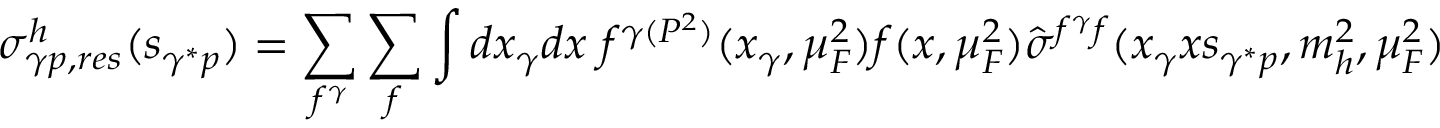
\sigma _ { \gamma p , r e s } ^ { h } ( s _ { \gamma ^ { * } p } ) = \sum _ { f ^ { \gamma } } \sum _ { f } \int d x _ { \gamma } d x \; f ^ { \gamma ( P ^ { 2 } ) } ( x _ { \gamma } , \mu _ { F } ^ { 2 } ) f ( x , \mu _ { F } ^ { 2 } ) \hat { \sigma } ^ { f ^ { \gamma } f } ( x _ { \gamma } x s _ { \gamma ^ { * } p } , m _ { h } ^ { 2 } , \mu _ { F } ^ { 2 } )